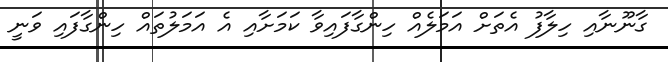
ގާނޫނާއި ހިލާފު އެތަށް އަމަލެއް ހިންގާފައިވާ ކަމަށާއި އެ އަމަލުތައް ހިންގާފައި ވަނީ